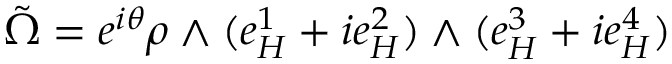
\tilde { \Omega } = e ^ { i \theta } \rho \wedge ( e _ { H } ^ { 1 } + i e _ { H } ^ { 2 } ) \wedge ( e _ { H } ^ { 3 } + i e _ { H } ^ { 4 } )